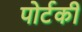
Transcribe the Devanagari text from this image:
पोर्टकी